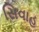
સિવાહ